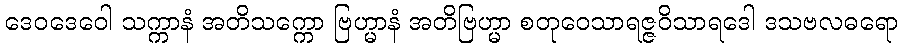
ဒေဝဒေဝေါ သက္ကာနံ အတိသက္ကော ဗြဟ္မာနံ အတိဗြဟ္မာ စတုဝေသာရဇ္ဇဝိသာရဒေါ ဒသဗလဓရော